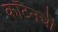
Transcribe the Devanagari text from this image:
कॉटनची